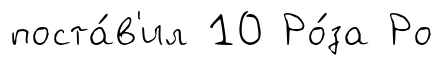
поста́в'ил 10 Ро́за Ро